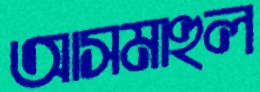
আসমাহুল